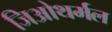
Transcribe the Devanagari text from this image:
जिओथर्मल